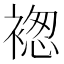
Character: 𧛤